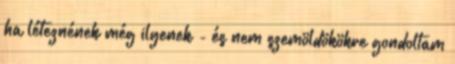
ha léteznének még ilyenek - és nem szemöldökökre gondoltam